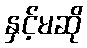
နှင့်မဆို